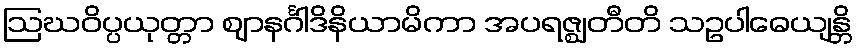
ဩဃဝိပ္ပယုတ္တာ ဈာနင်္ဂါဒိနိယာမိကာ အပရဇ္ဈတီတိ သဥပါဓေယျန္တိ